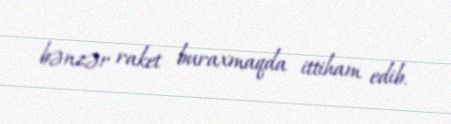
bənzər raket buraxmaqda ittiham edib.